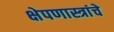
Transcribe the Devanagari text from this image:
क्षेपणास्त्रांचे